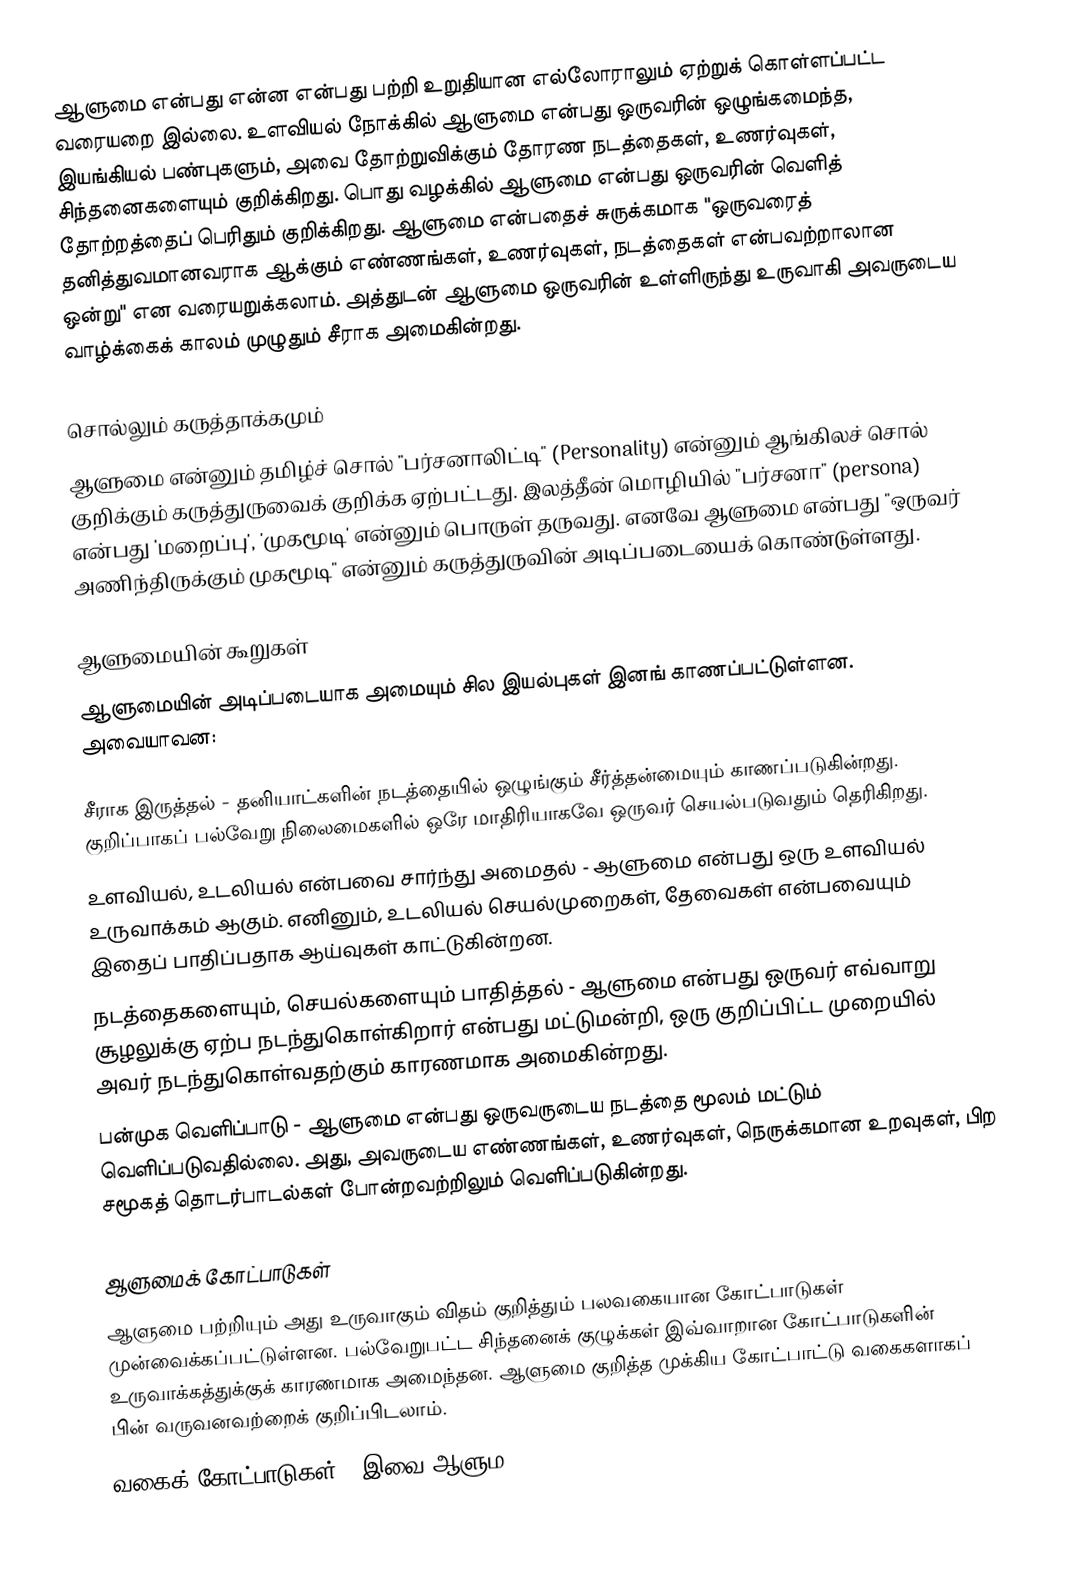
ஆளுமை என்பது என்ன என்பது பற்றி உறுதியான எல்லோராலும் ஏற்றுக் கொள்ளப்பட்ட வரையறை இல்லை. உளவியல் நோக்கில் ஆளுமை என்பது ஒருவரின் ஒழுங்கமைந்த, இயங்கியல் பண்புகளும், அவை தோற்றுவிக்கும் தோரண நடத்தைகள், உணர்வுகள், சிந்தனைகளையும் குறிக்கிறது.  பொது வழக்கில் ஆளுமை என்பது ஒருவரின் வெளித் தோற்றத்தைப் பெரிதும் குறிக்கிறது. ஆளுமை என்பதைச் சுருக்கமாக "ஒருவரைத் தனித்துவமானவராக ஆக்கும் எண்ணங்கள், உணர்வுகள், நடத்தைகள் என்பவற்றாலான ஒன்று" என வரையறுக்கலாம். அத்துடன் ஆளுமை ஒருவரின் உள்ளிருந்து உருவாகி அவருடைய வாழ்க்கைக் காலம் முழுதும் சீராக அமைகின்றது.

சொல்லும் கருத்தாக்கமும்
ஆளுமை என்னும் தமிழ்ச் சொல் "பர்சனாலிட்டி" (Personality) என்னும் ஆங்கிலச் சொல் குறிக்கும் கருத்துருவைக் குறிக்க ஏற்பட்டது. இலத்தீன் மொழியில் "பர்சனா" (persona) என்பது 'மறைப்பு', 'முகமூடி' என்னும் பொருள் தருவது. எனவே ஆளுமை என்பது "ஒருவர் அணிந்திருக்கும் முகமூடி" என்னும் கருத்துருவின் அடிப்படையைக் கொண்டுள்ளது.

ஆளுமையின் கூறுகள்
ஆளுமையின் அடிப்படையாக அமையும் சில இயல்புகள் இனங் காணப்பட்டுள்ளன. அவையாவன:

 சீராக இருத்தல் - தனியாட்களின் நடத்தையில் ஒழுங்கும் சீர்த்தன்மையும் காணப்படுகின்றது. குறிப்பாகப் பல்வேறு நிலைமைகளில் ஒரே மாதிரியாகவே ஒருவர் செயல்படுவதும் தெரிகிறது.
 உளவியல், உடலியல் என்பவை சார்ந்து அமைதல் - ஆளுமை என்பது ஒரு உளவியல் உருவாக்கம் ஆகும். எனினும், உடலியல் செயல்முறைகள், தேவைகள் என்பவையும் இதைப் பாதிப்பதாக ஆய்வுகள் காட்டுகின்றன.
 நடத்தைகளையும், செயல்களையும் பாதித்தல் - ஆளுமை என்பது ஒருவர் எவ்வாறு சூழலுக்கு ஏற்ப நடந்துகொள்கிறார் என்பது மட்டுமன்றி, ஒரு குறிப்பிட்ட முறையில் அவர் நடந்துகொள்வதற்கும் காரணமாக அமைகின்றது.
 பன்முக வெளிப்பாடு - ஆளுமை என்பது ஒருவருடைய நடத்தை மூலம் மட்டும் வெளிப்படுவதில்லை. அது, அவருடைய எண்ணங்கள், உணர்வுகள், நெருக்கமான உறவுகள், பிற சமூகத் தொடர்பாடல்கள் போன்றவற்றிலும் வெளிப்படுகின்றது.

ஆளுமைக் கோட்பாடுகள்
ஆளுமை பற்றியும் அது உருவாகும் விதம் குறித்தும் பலவகையான கோட்பாடுகள் முன்வைக்கப்பட்டுள்ளன. பல்வேறுபட்ட சிந்தனைக் குழுக்கள் இவ்வாறான கோட்பாடுகளின் உருவாக்கத்துக்குக் காரணமாக அமைந்தன. ஆளுமை குறித்த முக்கிய கோட்பாட்டு வகைகளாகப் பின் வருவனவற்றைக் குறிப்பிடலாம்.
 வகைக் கோட்பாடுகள் - இவை ஆளும